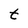
Character: t